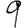
Digit: 9